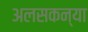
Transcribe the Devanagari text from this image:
अलसकन्या